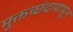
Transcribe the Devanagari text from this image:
मुक्तच्‍छंदापासून